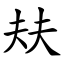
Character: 㚘